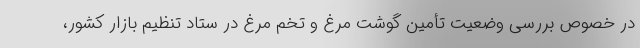
در خصوص بررسی وضعیت تأمین گوشت مرغ و تخم مرغ در ستاد تنظیم بازار کشور،